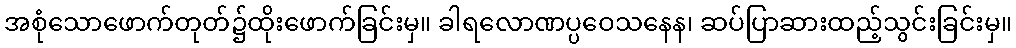
အစုံသောဖောက်တုတ်၌ထိုးဖောက်ခြင်းမှ။ ခါရလောဏပ္ပဝေသနေန၊ ဆပ်ပြာဆားထည့်သွင်းခြင်းမှ။